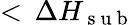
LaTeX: <\, \Delta H_{\mathrm{~s~u~b~}}